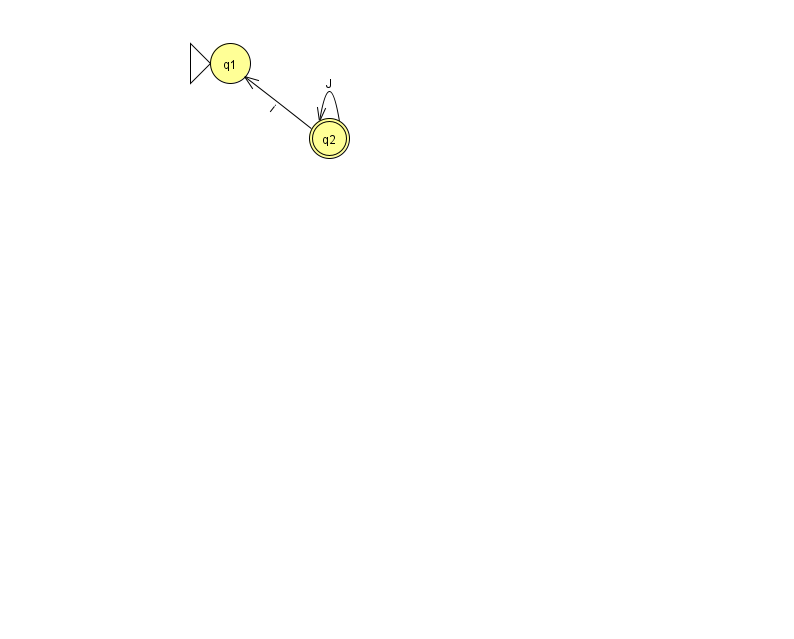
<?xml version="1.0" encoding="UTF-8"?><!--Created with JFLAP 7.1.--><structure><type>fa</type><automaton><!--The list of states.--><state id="1" name="q1"><x>230.0</x><y>50.0</y><initial/></state><state id="2" name="q2"><x>329.0</x><y>125.0</y><final/></state><!--The list of transitions.--><transition><from>2</from><to>1</to><read>i</read></transition><transition><from>2</from><to>2</to><read>J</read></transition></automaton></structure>